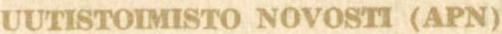
UUTISTOIMISTO NOVOSTI (APN)